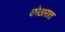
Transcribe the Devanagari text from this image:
कोठारात